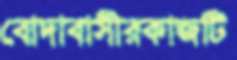
বোদাবাসীরকাজটি